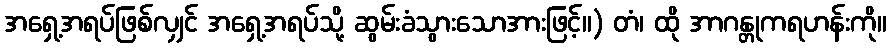
အရှေ့အရပ်ဖြစ်လျှင် အရှေ့အရပ်သို့ ဆွမ်းခံသွားသောအားဖြင့်။) တံ၊ ထို အာဂန္တုကရဟန်းကို။